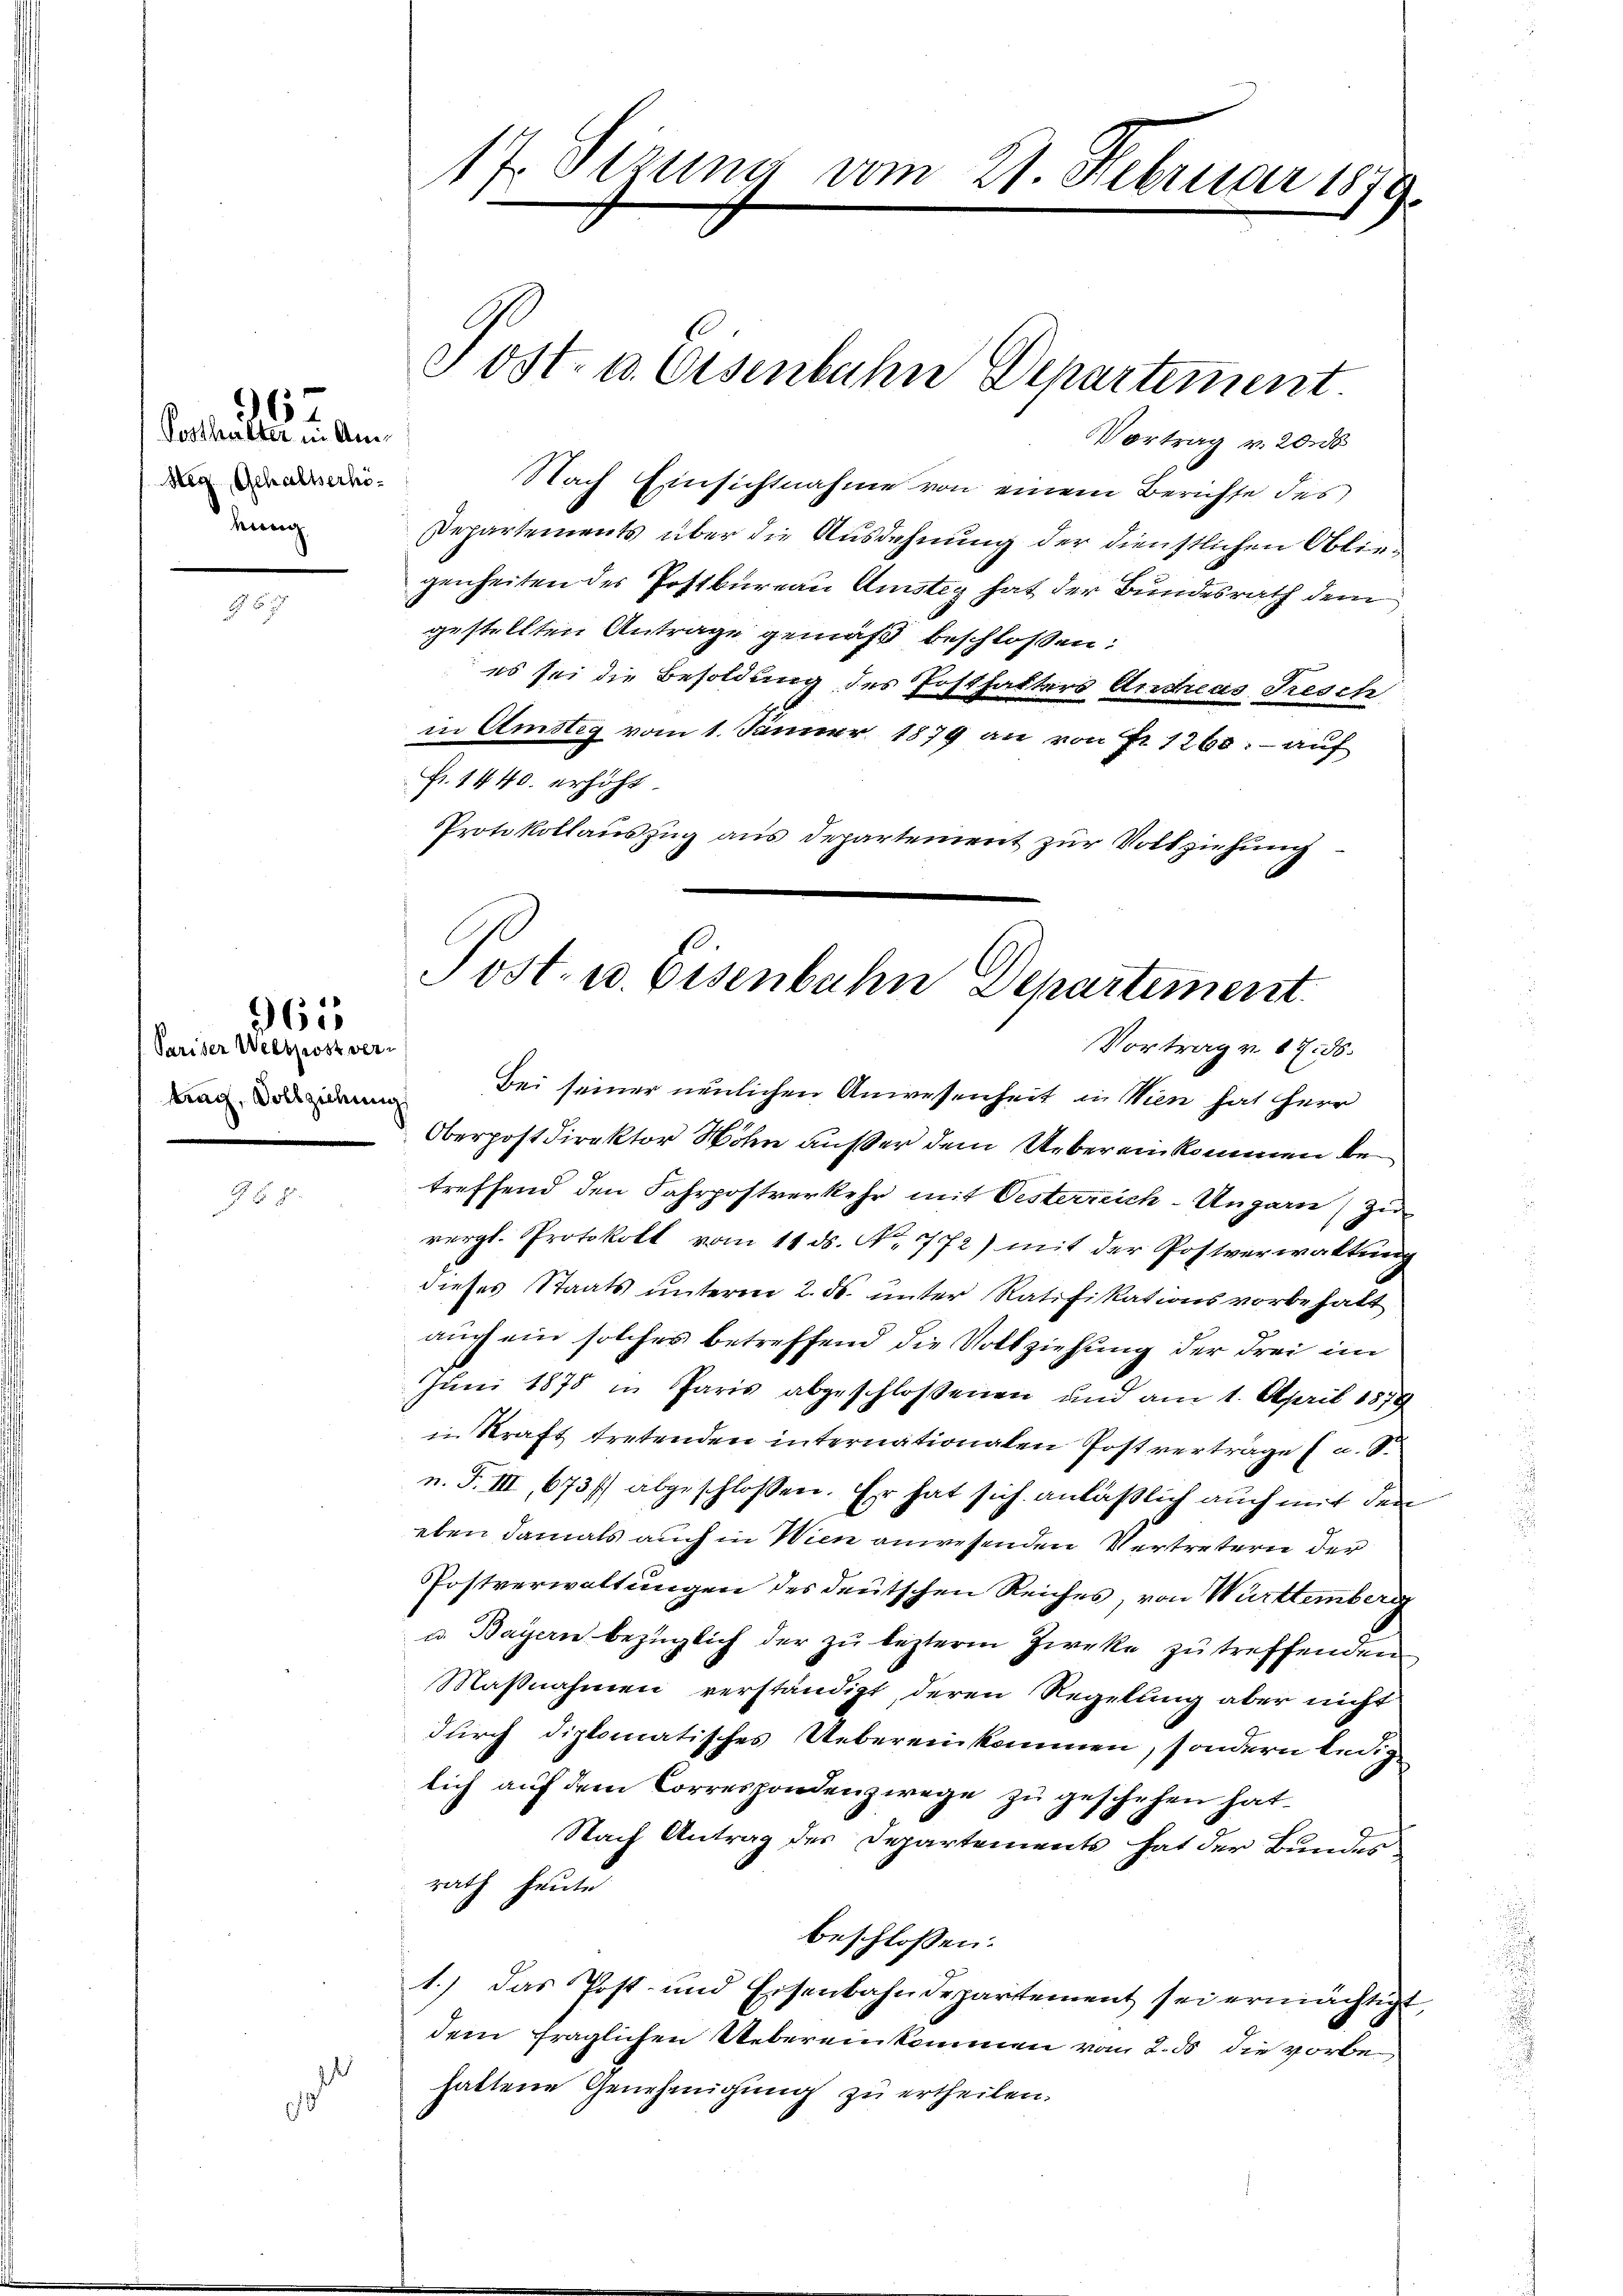
Posthalter in Am
Merz, Gehaltserhöeinig

d

Pariser Welspost vertrag, Vollziehung

G § 81.

361

d

17. Setzung vom 21. Februar 1879.

Vortrag v. 20. ds
Nach Einsichtnahme von einem Berichte des
Departements über die Ausdehnung der dienstlichen Obliegenheiten der Postkureau Amsteg hat der Bundesrath dem
gestellten Antrage gemäß beschlossen:
es sei die Besoldung des Posthafters Andreas Tresch
in Amstig vom 1. Jänner 1879 an von Fr. 1260; - auf
Fr. 1440. erhöht.
Protokollauszug aus Departement zur Vollziehung

Post- u. Eisenbahn Departement.

Post- u. Eisenbahn Departement.
Vortrag v. 17. 56.

Bei seiner neulichen Anwesenheit in Wien hat Herr
Oberpostdirektor Wohn außer dem Uebereinkommen betreffend den Fahrpostverkehr mit Oesterreich-Ungarn zu
vergl. Protokoll vom 11. ds. No. 772) mit der Postverwaltung
dieses Staats unterm 2. ds. unter Ratifikationsvorbehalt
auch ein solches betreffend die Vollziehung der drei im
Juni 1875 in Paris abgeschlossenen und am 1. April 1879
in Kraft tretenden internationalen Postverträge u. S
n. F. III, 673 f. abgeschlossen. Er hat sich anläßlich auch mit den
eben damals auch in Wien anwesenden Vertretern der
Postverwaltungen des deutschen Reiches, von Württemberg
u. Bayern bezüglich der zu lezterm Zweke zu treffenden
Maßnahmen verständigt, deren Regelung aber nicht
durch diplomatisches Uebereinkommen, sondern ledig
lich auf dem Correspondenzwege zu geschehen hat.
Nach Antrag des Departements hat der Bundes
rath heute
beschlossen:
1.) Das Post- und Eisenbahndepartement sei ermächtigt,
dem fraglichen Uebereinkommen vom 2. ds die vorbehattene Genehmigung zu ertheilen.